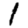
Digit: 1